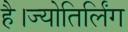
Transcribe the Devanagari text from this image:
है।ज्योतिर्लिंग